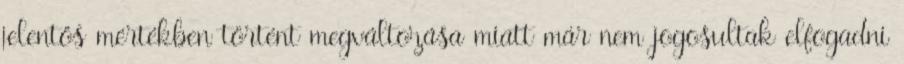
jelentős mértékben történt megváltozása miatt már nem jogosultak elfogadni